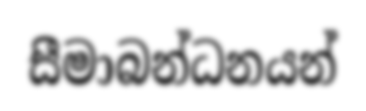
සීමාබන්ධනයන්